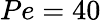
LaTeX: Pe=40